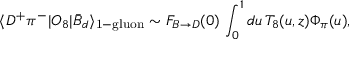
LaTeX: \langle D ^ { + } \pi ^ { - } | O _ { 8 } | \bar { B } _ { d } \rangle _ { \mathrm { 1 - g l u o n } } \sim F _ { B \to D } ( 0 ) \, \int _ { 0 } ^ { 1 } d u \, T _ { 8 } ( u , z ) \Phi _ { \pi } ( u ) ,